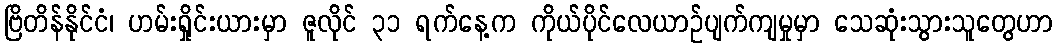
ဗြိတိန်နိုင်ငံ၊ ဟမ်းရှိုင်းယားမှာ ဇူလိုင် ၃၁ ရက်နေ့က ကိုယ်ပိုင်လေယာဉ်ပျက်ကျမှုမှာ သေဆုံးသွားသူတွေဟာ